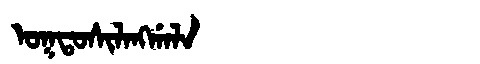
Manchu: ᠣᡴᡨᠣᠰᡳᠯᠠᠩᡤᠠᠯᠠ
Romanization: OKTOSILANGGALA